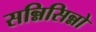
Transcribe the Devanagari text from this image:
सन्निसिन्नो